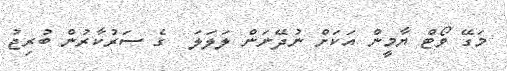
މަގޭ ވޯޓް ޔާމީން އަކަށް ނުދޭނަން ލަލަލަަ  ގެ ސަރުކާރުން ބުރިޖު